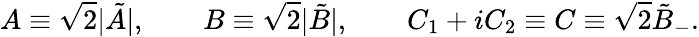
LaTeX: A\equiv\sqrt{2}|\tilde{A}|,\qquad B\equiv\sqrt{2}|\tilde{B}|,\qquad C_{1}+iC_{2}\equiv C\equiv\sqrt{2}\tilde{B}_{-}.